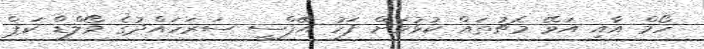
ހޯމް އާއި އަވޭ މެޗުތައް ކުޅުމަށް ފަހު އޭފްސީ ސަރަހައްދުގެ ވޯލްޑް ކަޕް